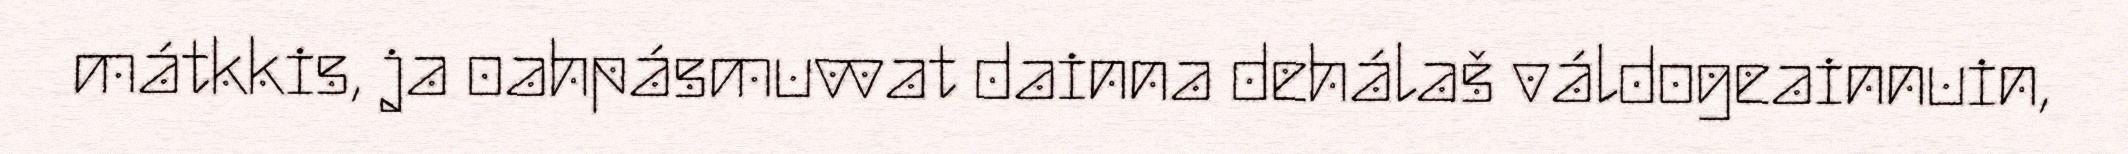
mátkkis, ja oahpásmuvvat dainna dehálaš váldogeainnuin,